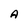
Character: A